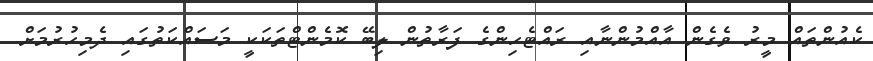
ކެއުންތައް މީރު ވެގެން އާއްމުންނާއި ރައްޓެހިންގެ ފަރާތުން ލިބޭ ކޮމެންޓްތަކަކީ މަސައްކަތުގައި ދެމިހުރުމަށް